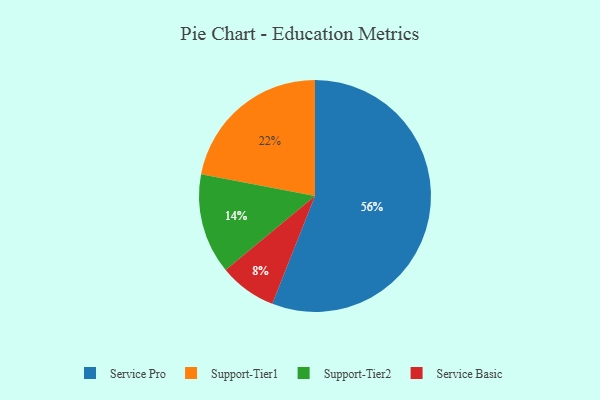
{"axis": {"x": "Category", "y": "Percentage"}, "legend": ["Service Basic", "Service Pro", "Support-Tier1", "Support-Tier2"], "data": [{"x": "Service Pro", "y": 56, "type": "Service Pro"}, {"x": "Support-Tier1", "y": 22, "type": "Support-Tier1"}, {"x": "Support-Tier2", "y": 14, "type": "Support-Tier2"}, {"x": "Service Basic", "y": 8, "type": "Service Basic"}]}